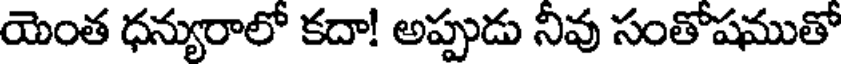
యెంత ధన్యురాలో కదా! అప్పుడు నివు సంతోషముతో